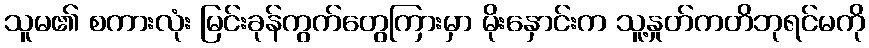
သူမ၏ စကားလုံး မြင်းခုန်ကွက်တွေကြားမှာ မိုးနှောင်းက သူ့နှုတ်ကတိဘုရင်မကို